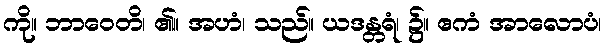
ကို။ ဘာဝေတိ၊ ၏။ အဟံ၊ သည်။ ယဒန္တရံ၊ ၌။ ဧကံ အာလောပံ၊